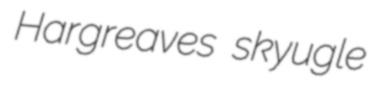
Hargreaves skyugle